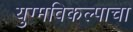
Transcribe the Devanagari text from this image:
युग्मविकल्पाचा